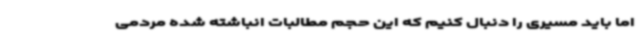
اما باید مسیری را دنبال کنیم که این حجم مطالبات انباشته شده مردمی